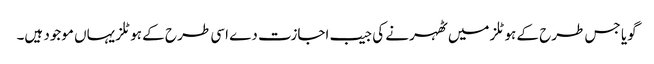
گویا جس طرح کے ہوٹلز میں ٹھہرنے کی جیب اجازت دے اسی طر ح کے ہوٹلز یہاں موجود ہیں۔